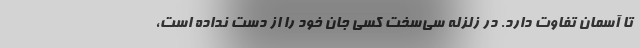
تا آسمان تفاوت دارد. در زلزله سی‌سخت کسی جان خود را از دست نداده است،